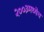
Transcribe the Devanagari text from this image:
२००३मध्येच